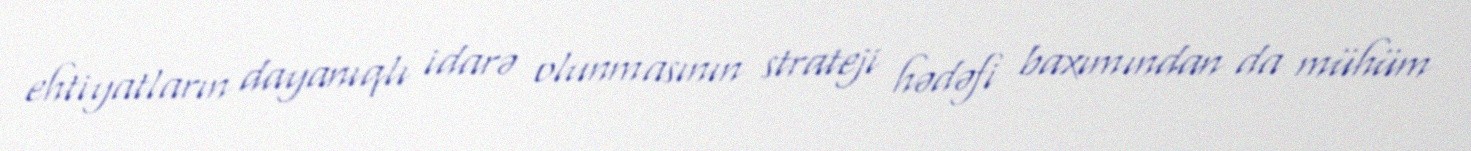
ehtiyatların dayanıqlı idarə olunmasının strateji hədəfi baxımından da mühüm